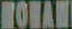
ROWAN